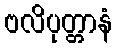
ဗလိပုတ္တာနံ